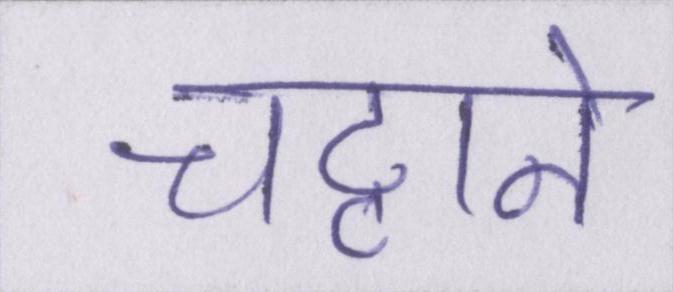
चट्टाने